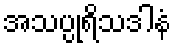
အသပ္ပုရိသဒါနံ